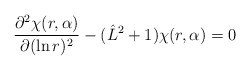
\begin{align*}\frac{\partial^2\chi (r,{\bf \alpha})}{\partial(\ln r)^2}-(\hat L^2+1)\chi (r,{\bf \alpha})=0\end{align*}